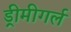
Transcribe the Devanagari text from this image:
ड्रीमीगर्ल